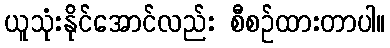
ယူသုံးနိုင်အောင်လည်း စီစဉ်ထားတာပါ။